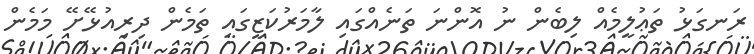
ރަނގަޅު ތަޢުލީމެއް ލިބެން ނު އޮންނަ ތަނެއްގައި ލާމަރުކަޒީގައި ތަމެން ދިރިއުޅޭށޭ މަމެން